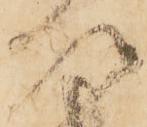
次